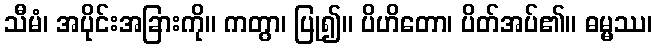
သီမံ၊ အပိုင်းအခြားကို။ ကတွာ၊ ပြု၍။ ပိဟိတော၊ ပိတ်အပ်၏။ ဓမ္မဿ၊